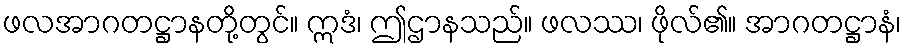
ဖလအာဂတဋ္ဌာနတို့တွင်။ ဣဒံ၊ ဤဌာနသည်။ ဖလဿ၊ ဖိုလ်၏။ အာဂတဋ္ဌာနံ၊